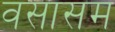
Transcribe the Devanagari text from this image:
वसासम